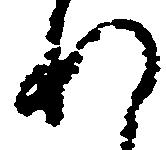
れ